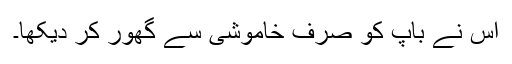
اس نے باپ کو صرف خاموشی سے گھور کر دیکھا۔